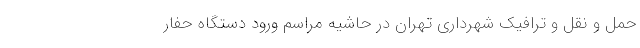
حمل و نقل و ترافیک شهرداری تهران در حاشیه مراسم ورود دستگاه حفار